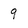
Character: 9